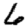
Digit: 6